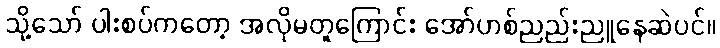
သို့သော် ပါးစပ်ကတော့ အလိုမတူကြောင်း အော်ဟစ်ညည်းညူနေဆဲပင်။